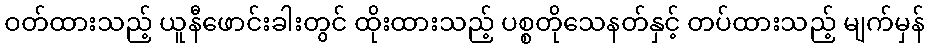
ဝတ်ထားသည့် ယူနီဖောင်းခါးတွင် ထိုးထားသည့် ပစ္စတိုသေနတ်နှင့် တပ်ထားသည့် မျက်မှန်